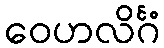
ဝေဟလိင်္ဂံ